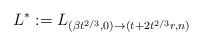
\begin{align*} L^*:=L_{(\beta{t}^{2/3},0)\to({t}+2{t}^{2/3}r,n)} \end{align*}